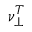
\nu _ { \perp } ^ { T }